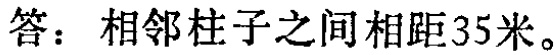
答：相邻柱子之间相距35米。